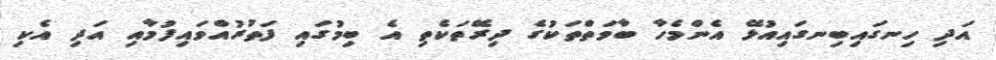
އަދި ހިނގައިބިނގައިއުޅޭ އެންމެހާ ބާވަތްތަކުގެ ދިރޭތަކެތި އެ ބިމުގައި ފަތުރުއްވައިފުމާއި އަދި އެކި